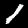
Label: 1